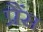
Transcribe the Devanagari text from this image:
प्रैंस